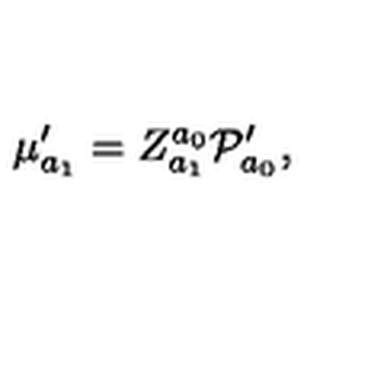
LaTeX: \mu _ { a _ { 1 } } ^ { \prime } = Z _ { a _ { 1 } } ^ { a _ { 0 } } { \cal P } _ { a _ { 0 } } ^ { \prime } ,